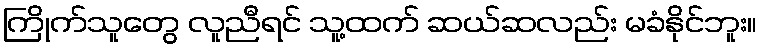
ကြိုက်သူတွေ လူညီရင် သူ့ထက် ဆယ်ဆလည်း မခံနိုင်ဘူး။